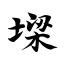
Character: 墚